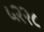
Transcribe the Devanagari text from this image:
५२२८